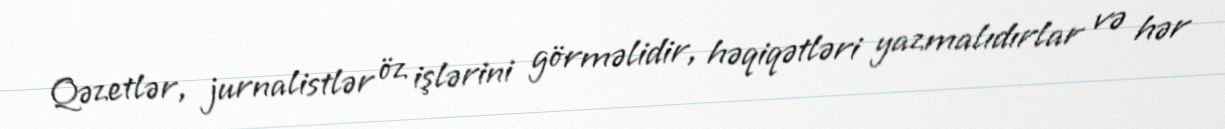
Qəzetlər, jurnalistlər öz işlərini görməlidir, həqiqətləri yazmalıdırlar və hər